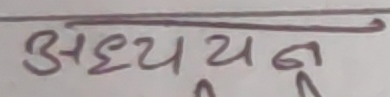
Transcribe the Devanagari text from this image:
अध्ययन